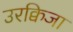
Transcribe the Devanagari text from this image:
उरक्विजा